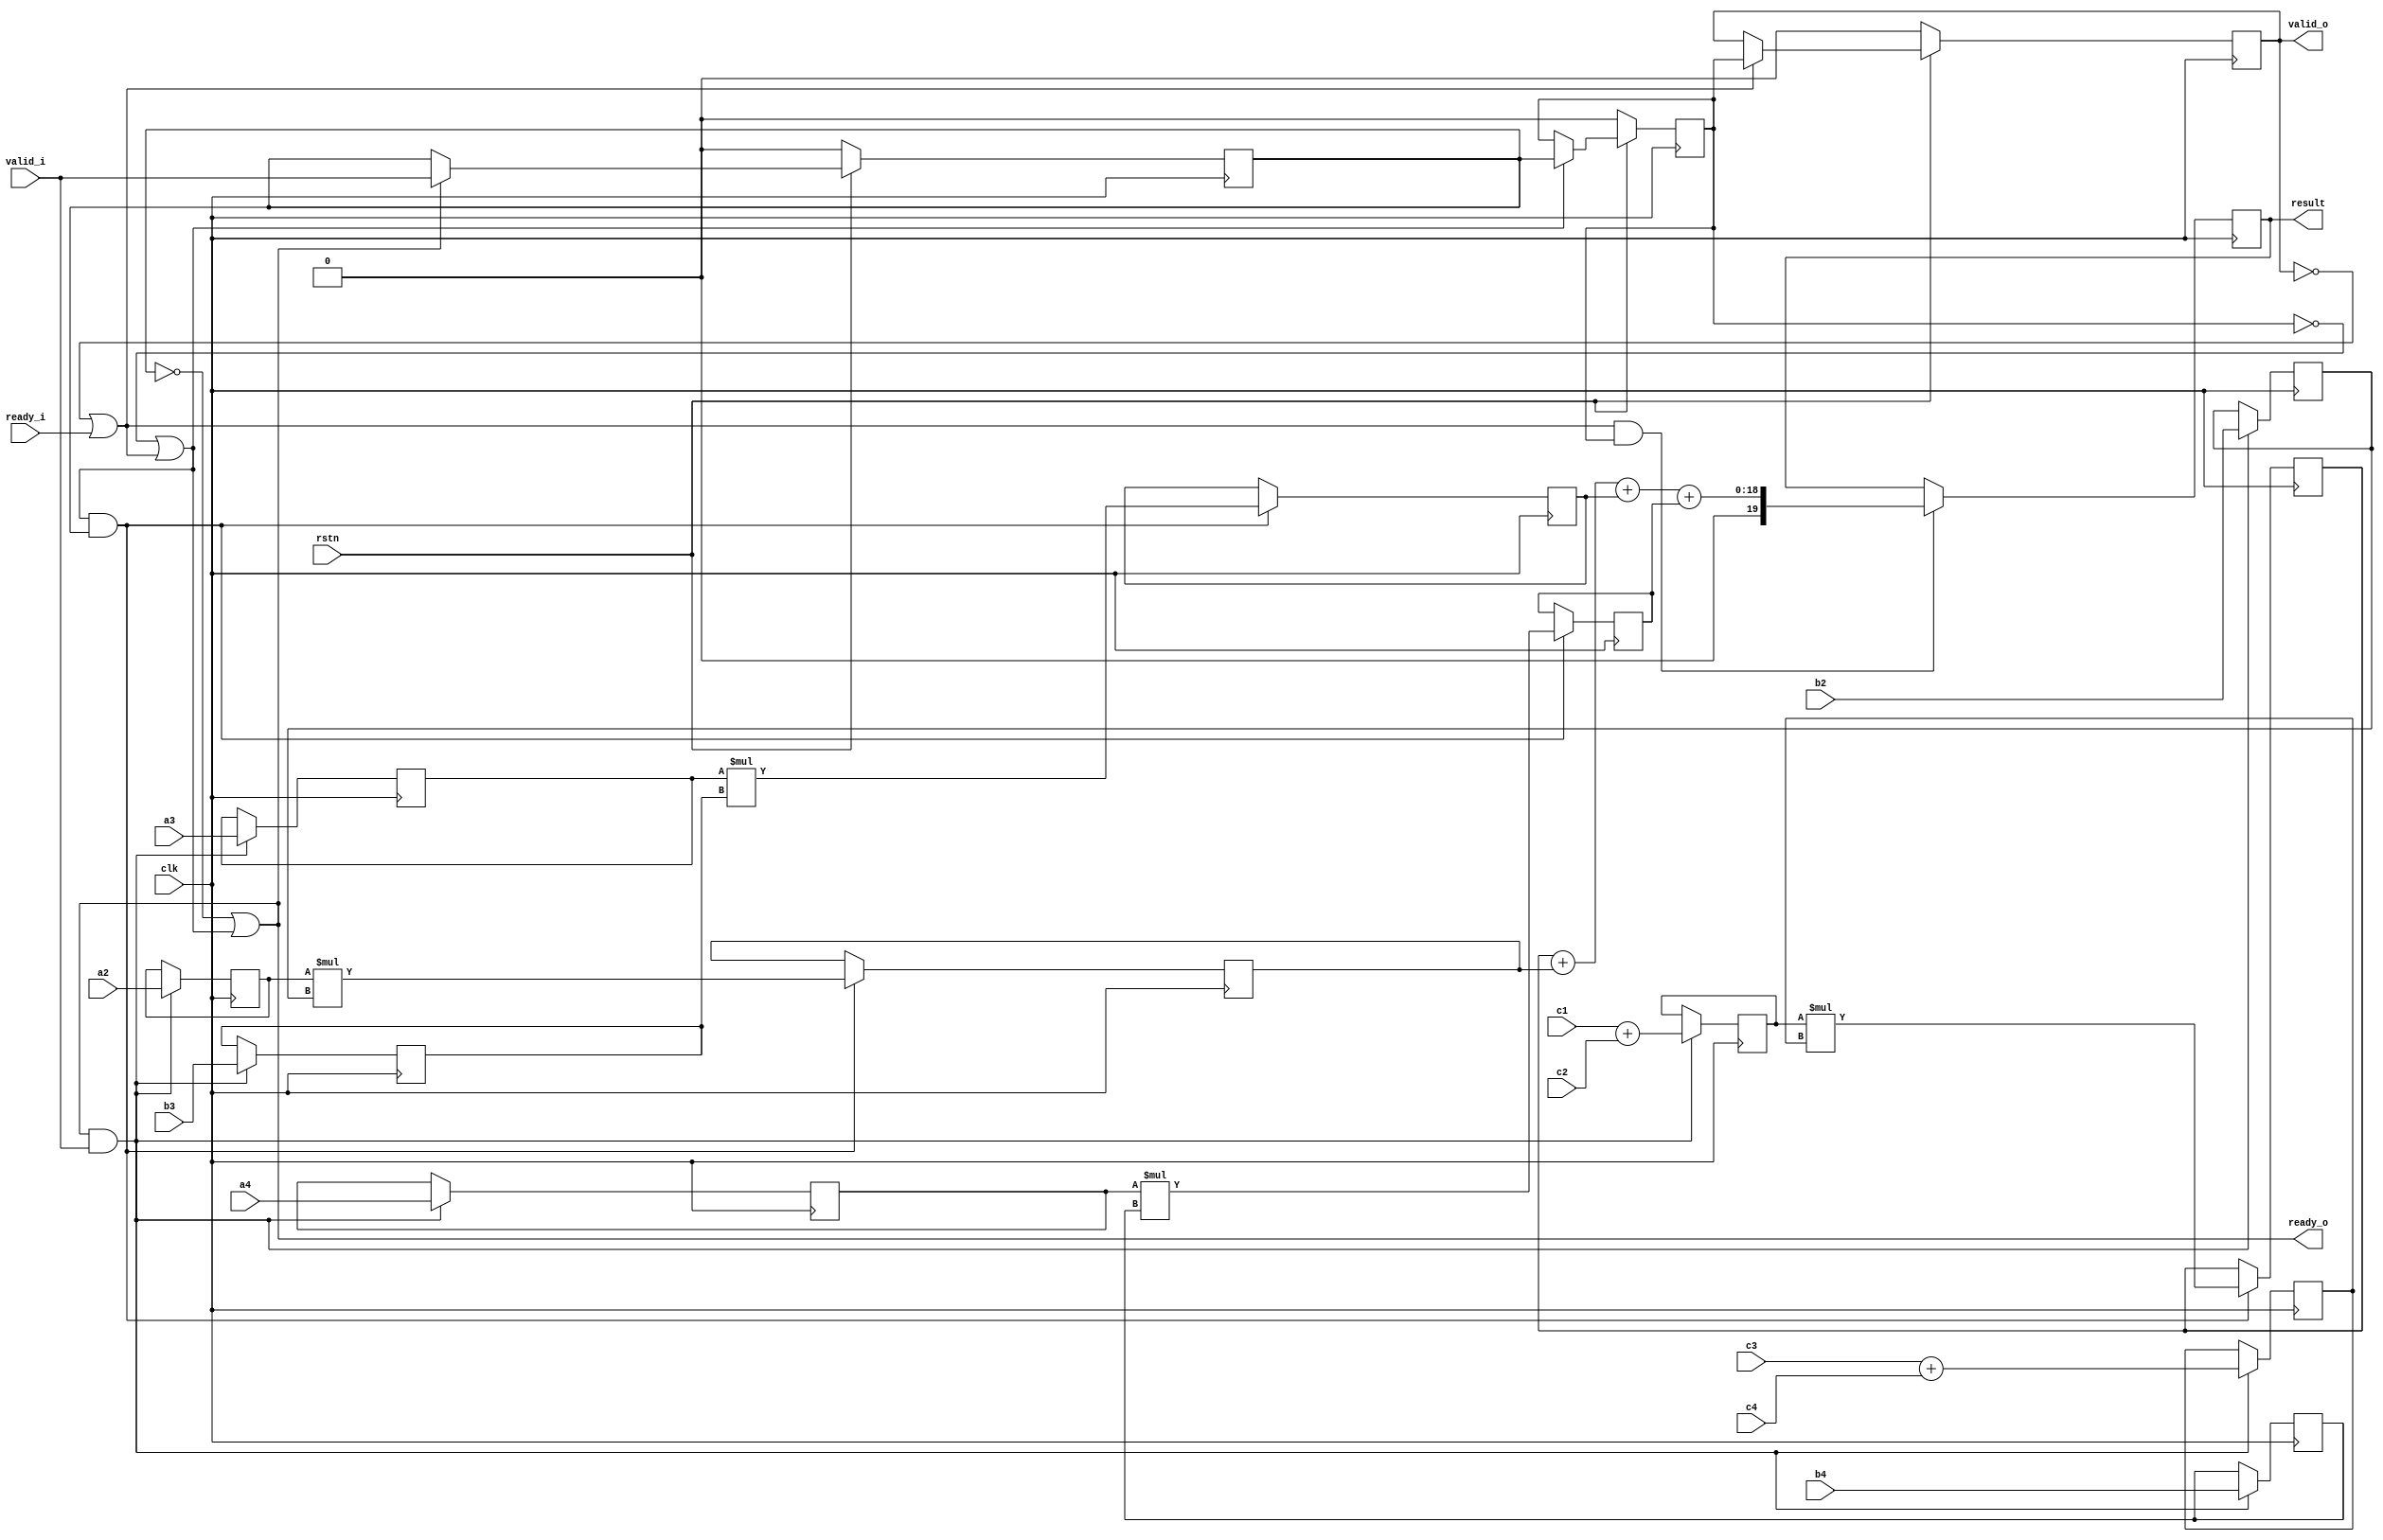
// This program was cloned from: https://github.com/huangxc6/verilog_practice
// License: MIT License

module pipeline_handshake(
  input                 clk                     ,
  input                 rstn                    ,
  input         [7:0]   a2,a3,a4,b2,b3,b4       ,
  input         [7:0]   c1,c2,c3,c4             ,
  output  reg   [19:0]  result                  ,

  input                 ready_i                 ,
  input                 valid_i                 ,
  output                ready_o                 ,
  output                valid_o                 
);

wire ready_r1,ready_r2;
reg valid_r1,valid_r2,valid_r3;
reg [7:0] a1,b1;
reg [7:0] a2_r1,a3_r1,a4_r1,b2_r1,b3_r1,b4_r1;

reg [15:0] temp1,temp2,temp3,temp4;

//pipeline stage 1
assign ready_o = ~valid_r1 || ready_r1;
always @(posedge clk)begin
  if(!rstn)begin
    valid_r1 <= 1'b0;
  end
  else if(ready_o)begin    //valid
    valid_r1 <= valid_i;
  end
end

always @(posedge clk)begin
  if(ready_o && valid_i)begin //ready_valid
    a1 <= c1 + c2;
    b1 <= c3 + c4;
    a2_r1 <= a2; a3_r1 <= a3; a4_r1 <= a4; //
    b2_r1 <= b2; b3_r1 <= b3; b4_r1 <= b4;
  end
end


//pipeline stage 2
assign ready_r1 = ~valid_r2 || ready_r2;
always @(posedge clk)begin
  if(!rstn)begin
    valid_r2 <= 1'b0;
  end
  else if(ready_r1)begin   //valid
    valid_r2 <= valid_r1;
  end
end
always @(posedge clk)begin
  if(ready_r1 && valid_r1)begin
    temp1 <= a1    * b1;
    temp2 <= a2_r1 * b2_r1;
    temp3 <= a3_r1 * b3_r1;
    temp4 <= a4_r1 * b4_r1;
  end
end

//pipeline stage 3
assign ready_r2 = ~valid_r3 || ready_i;
always @(posedge clk)begin
  if(!rstn)begin
    valid_r3 <= 1'b0;
  end
  else if(ready_r2)begin
    valid_r3 <= valid_r2;
  end
end

always @(posedge clk)begin
  if(ready_r2 && valid_r2)begin
    result <= temp1 + temp2 + temp3 + temp4;
  end
end

assign valid_o = valid_r3;

endmodule